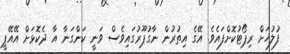
ފުލުހަށް ރިޕޯޓުކޮށްފައެވެ. އޭގެ އިތުރުން ނާގުޕޫރުގައިވެސް ވަނީ ކަންގަނާ އާ ދެކޮޅަށް އޭއޭޕީ